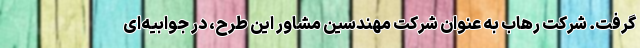
گرفت. شرکت رهاب به عنوان شرکت مهندسین مشاور این طرح، در جوابیه‌ای